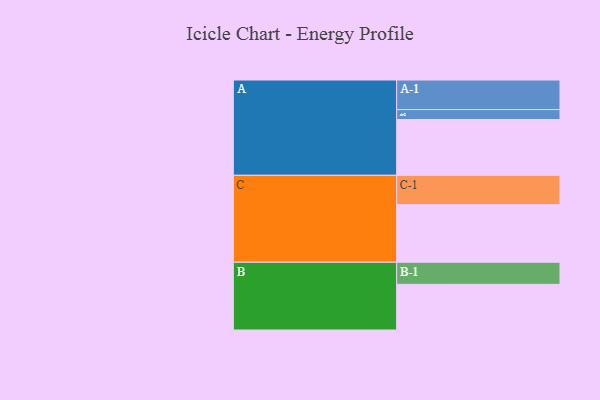
{"axis": {"x": "Segment", "y": "Value"}, "legend": ["", "A", "B", "C"], "data": [{"x": "A", "y": 447, "type": ""}, {"x": "B", "y": 366, "type": ""}, {"x": "C", "y": 462, "type": ""}, {"x": "A-1", "y": 237, "type": "A"}, {"x": "A-2", "y": 80, "type": "A"}, {"x": "B-1", "y": 177, "type": "B"}, {"x": "C-1", "y": 235, "type": "C"}]}